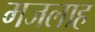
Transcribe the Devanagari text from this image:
मजलाह